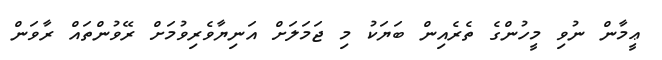
ޢީމާން ނުވި މީހުންގެ ތެރެއިން ބަޔަކު މި ޖަމަަލަށް އަނިޔާވެރިވުމަށް ރޭވުންތައް ރާވަން